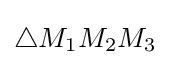
\triangle M_{1}M_{2}M_{3}